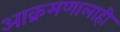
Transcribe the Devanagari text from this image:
आक्रमणालाही